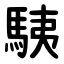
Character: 䮊